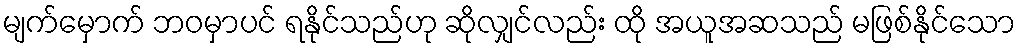
မျက်မှောက် ဘဝမှာပင် ရနိုင်သည်ဟု ဆိုလျှင်လည်း ထို အယူအဆသည် မဖြစ်နိုင်သော